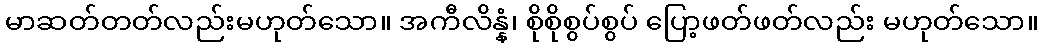
မာဆတ်တတ်လည်းမဟုတ်သော။ အကီလိန္နံ၊ စိုစိုစွပ်စွပ် ပြော့ဖတ်ဖတ်လည်း မဟုတ်သော။